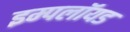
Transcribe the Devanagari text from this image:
इम्पलॉयड